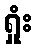
ရှုံး